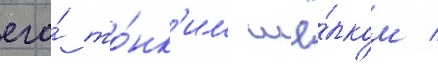
его́ то́нк'им шё́лком /